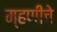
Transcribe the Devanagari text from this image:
म्हणींचे